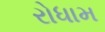
રોધામ